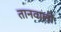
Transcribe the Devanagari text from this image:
तानवाली